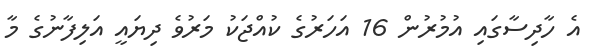
އެ ހާދިސާގައި އުމުރުން 16 އަހަރުގެ ކުއްޖަކު މަރުވެ ދިޔައީ އަލިފާނުގެ މާ